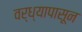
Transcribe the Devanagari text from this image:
वर्ध्यापासून